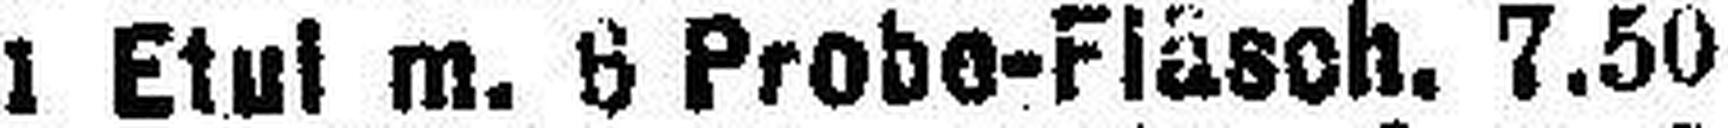
1 Etul m. 6 Probe-Fläsch. 7.50